65_HS1-834228961_62-HQ-83894_Section_5
Agency: FBI
Page 87
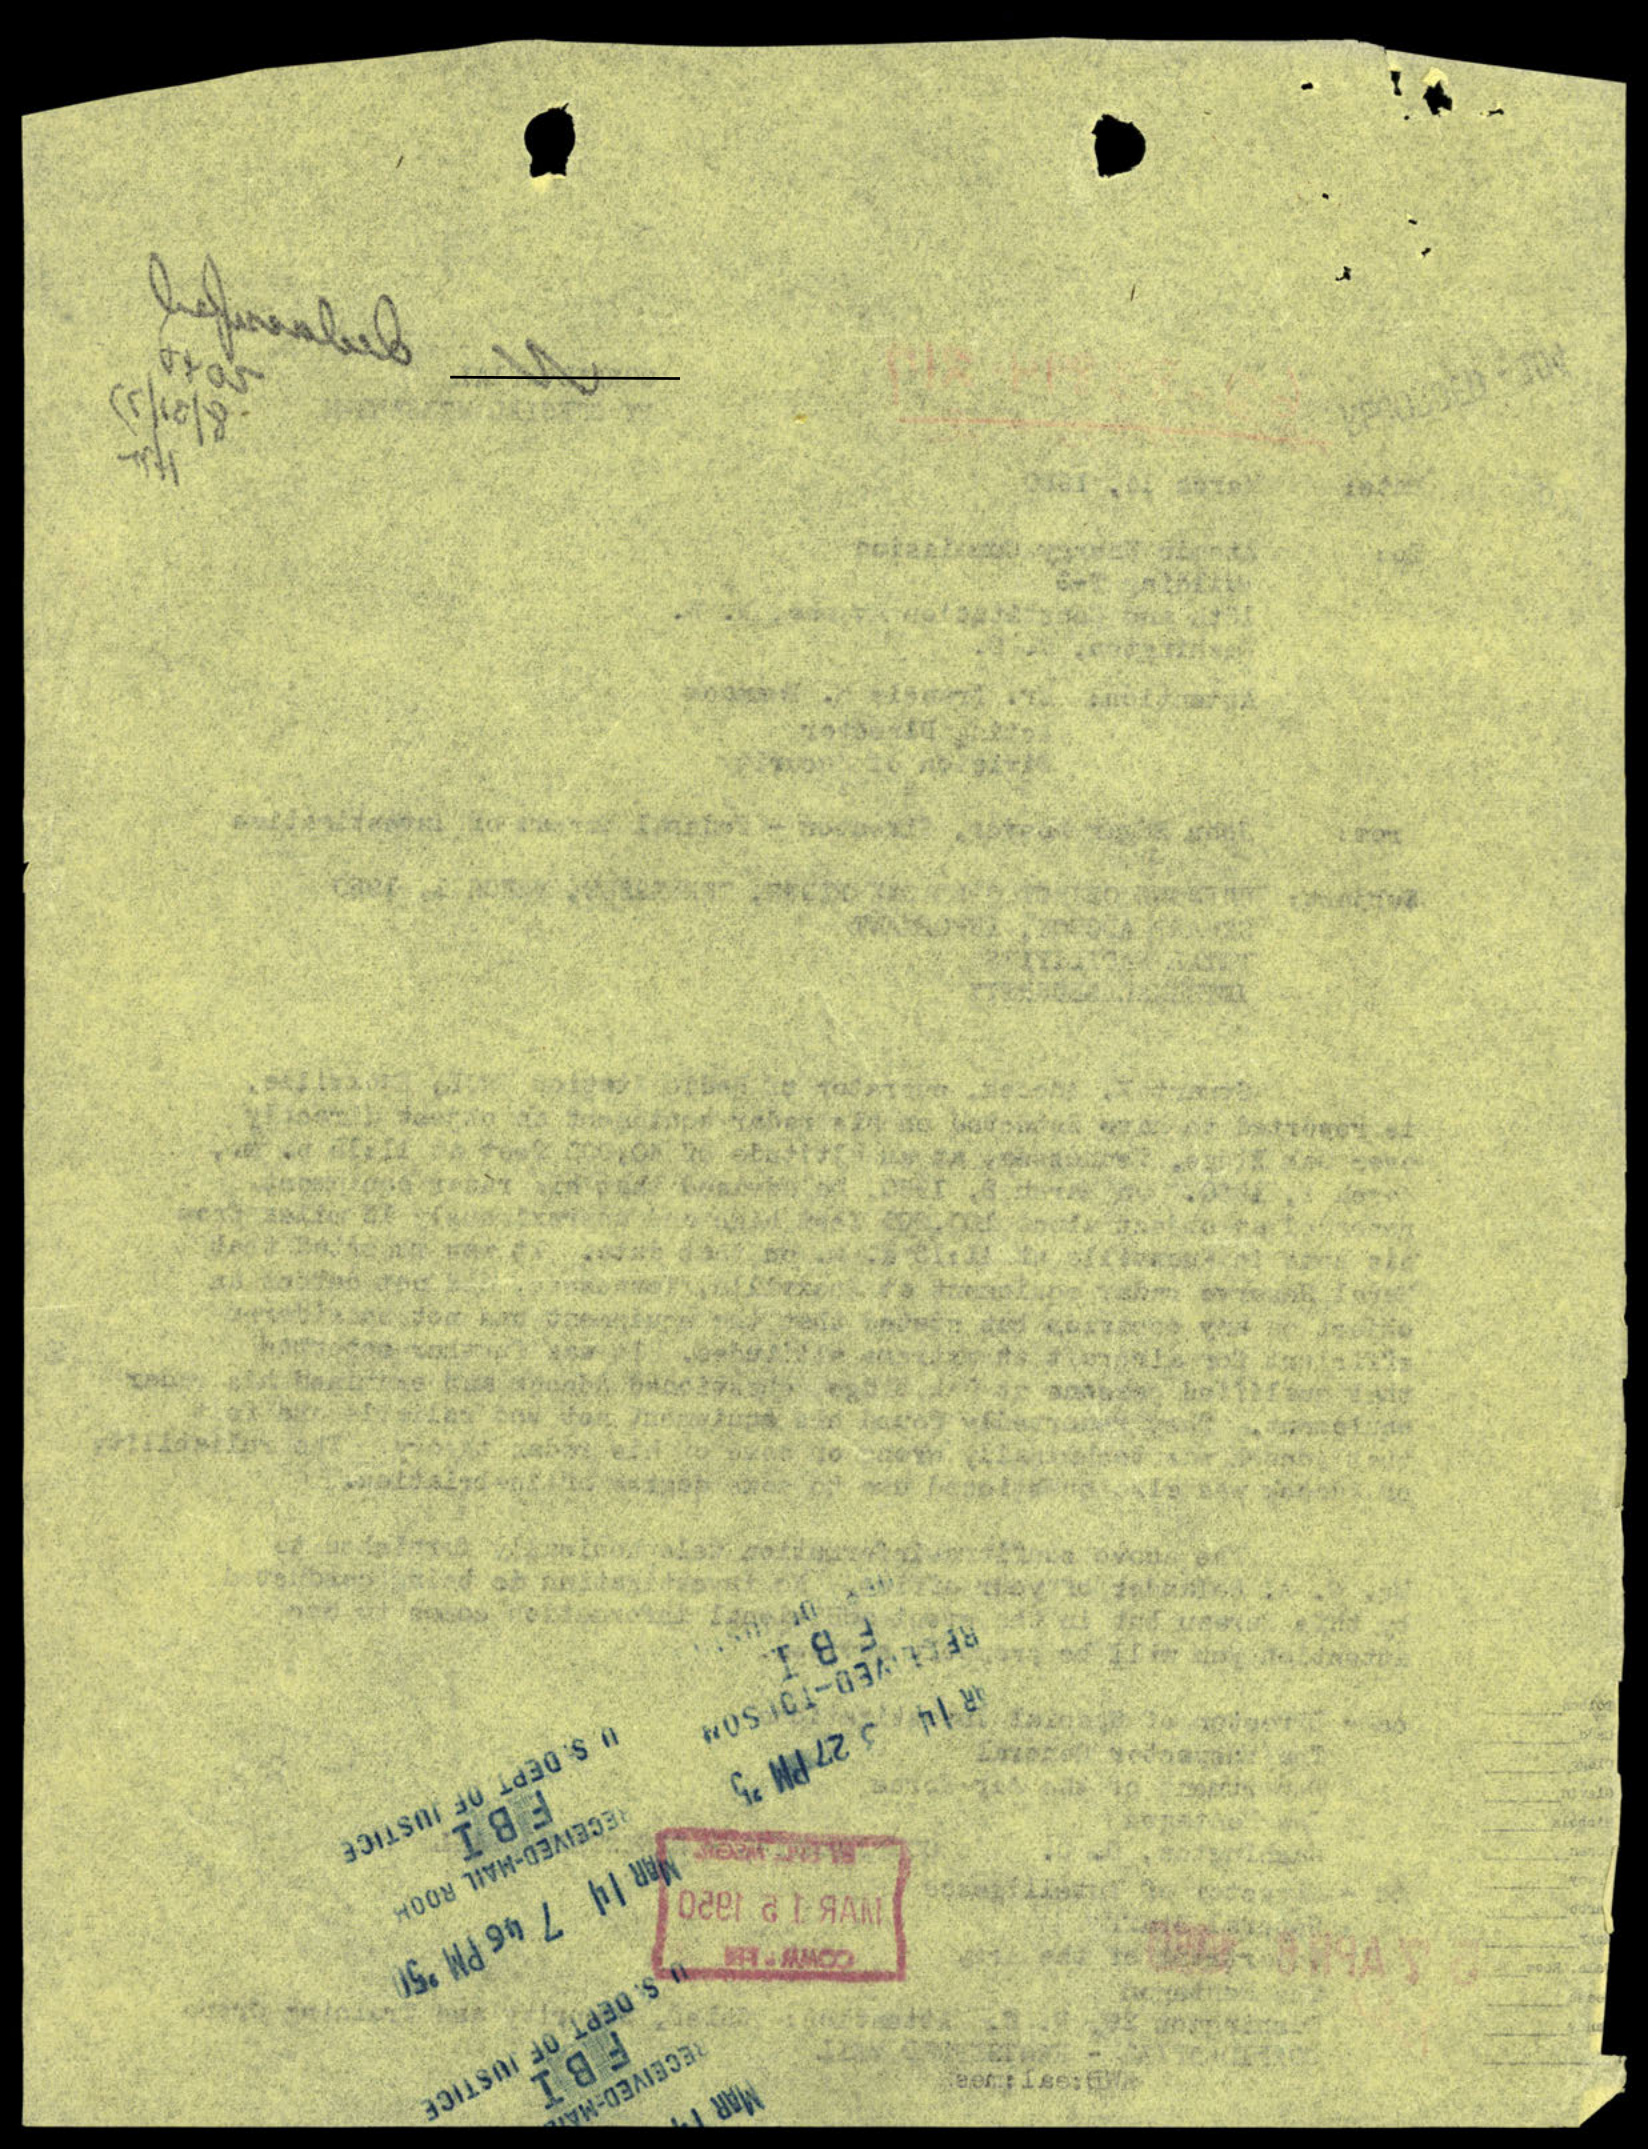